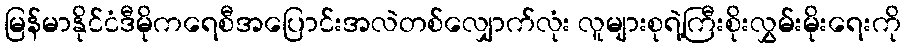
မြန်မာနိုင်ငံဒီမိုကရေစီအပြောင်းအလဲတစ်လျှောက်လုံး လူများစုရဲ့ကြီးစိုးလွှမ်းမိုးရေးကို